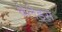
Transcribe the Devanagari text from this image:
बेलेड्स